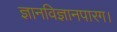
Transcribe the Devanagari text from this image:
ज्ञानविज्ञानपारग।